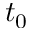
t _ { 0 }